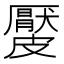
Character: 𥀬